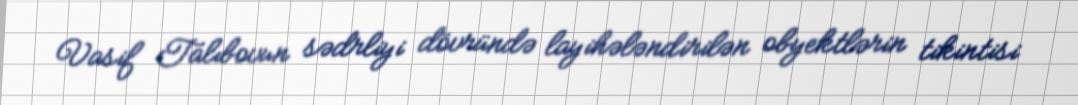
Vasif Talıbovun sədrliyi dövründə layihələndirilən obyektlərin tikintisi